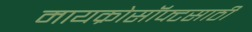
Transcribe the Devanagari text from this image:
मायक्रोसॉफ्टसाठी